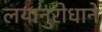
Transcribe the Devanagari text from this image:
लयानुरोधाने